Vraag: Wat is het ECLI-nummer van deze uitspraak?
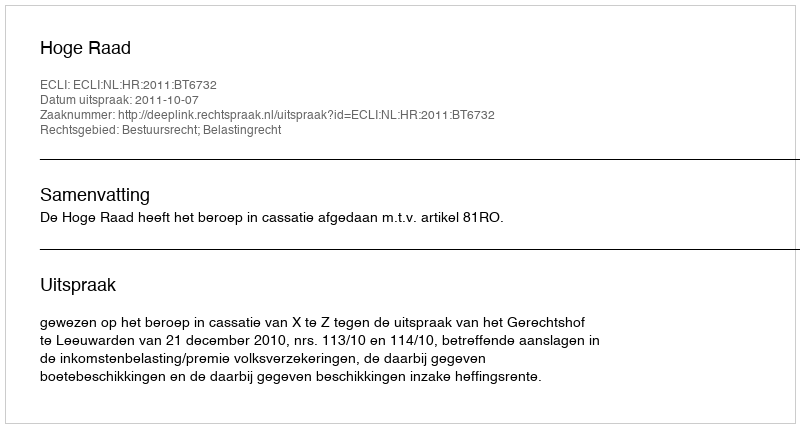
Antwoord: ECLI:NL:HR:2011:BT6732